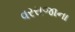
વરરાજાના